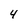
Character: 4